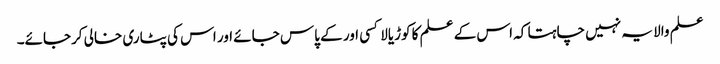
علم والا یہ نہیں چاہتا کہ اس کے علم کا کوڑیالا کسی اور کے پاس جائے اور اس کی پٹاری خالی کرجائے۔